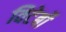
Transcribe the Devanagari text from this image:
विटेर्बो